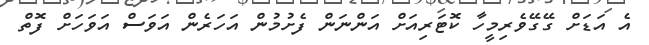
އެ އަޑަށް ގޭގޭވެރިމީީހާ ކޮޓަރިއަށް އަންނަން ފެށުމުން އަހަރެން އަވަސް އަވަހަށް ފޮތް